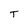
Character: T